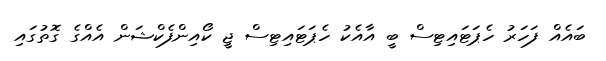
ބައެއް ފަހަރު ހެޕަޓައިޓިސް ބީ އާއެކު ހެޕަޓައިޓިސް ޖީ ކޯއިންފެކްޝަން އެއްގެ ގޮތުގައި